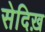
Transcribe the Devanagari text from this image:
सेदिख़